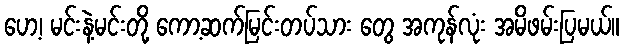
ဟေ့၊ မင်းနဲ့မင်းတို့ ကော့ဆက်မြင်းတပ်သား တွေ အကုန်လုံး အမိဖမ်းပြမယ်။